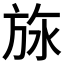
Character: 𬀅